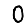
Digit: 0